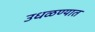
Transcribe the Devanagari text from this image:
उधळण्यात